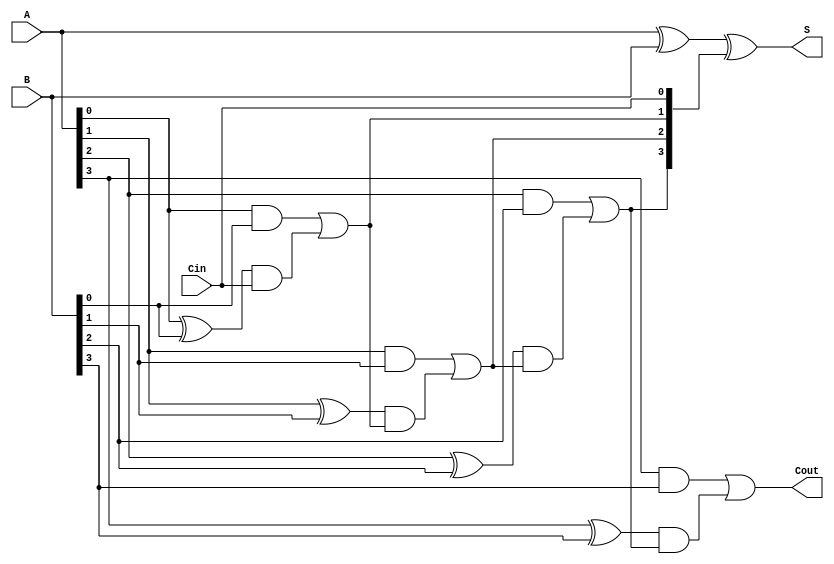
`timescale 1ns / 1ps
//////////////////////////////////////////////////////////////////////////////////
// Company: 
// Engineer: 
// 
// Design Name: 
// Module Name: carry_look_ahead_adder
// Project Name: 
// Target Devices: 
// Tool Versions: 
// Description: 
// 
// Dependencies: 
// 
// Revision:
// Revision 0.01 - File Created
// Additional Comments:
// 
//////////////////////////////////////////////////////////////////////////////////


module carry_look_ahead_adder(
 input [3:0]A, B, 
 input Cin,
 output [3:0] S,
 output Cout
);
 wire [3:0] Ci; // Carry intermediate for intermediate computation
 
 assign Ci[0] = Cin;
 assign Ci[1] = (A[0] & B[0]) | ((A[0]^B[0]) & Ci[0]);
 //assign Ci[2] = (A[1] & B[1]) | ((A[1]^B[1]) & Ci[1]); expands to
 assign Ci[2] = (A[1] & B[1]) | ((A[1]^B[1]) & ((A[0] & B[0]) | ((A[0]^B[0]) & Ci[0])));
 //assign Ci[3] = (A[2] & B[2]) | ((A[2]^B[2]) & Ci[2]); expands to
 assign Ci[3] = (A[2] & B[2]) | ((A[2]^B[2]) & ((A[1] & B[1]) | ((A[1]^B[1]) & ((A[0] & B[0]) | ((A[0]^B[0]) & Ci[0])))));
 //assign Cout  = (A[3] & B[3]) | ((A[3]^B[3]) & Ci[3]); expands to
 assign Cout  = (A[3] & B[3]) | ((A[3]^B[3]) & ((A[2] & B[2]) | ((A[2]^B[2]) & ((A[1] & B[1]) | ((A[1]^B[1]) & ((A[0] & B[0]) | ((A[0]^B[0]) & Ci[0])))))));

 assign S = A^B^Ci;
 
endmodule